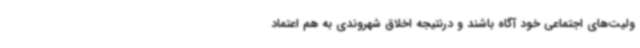
ولیت‌های اجتماعی خود آگاه باشند و درنتیجه اخلاق شهروندی به هم اعتماد